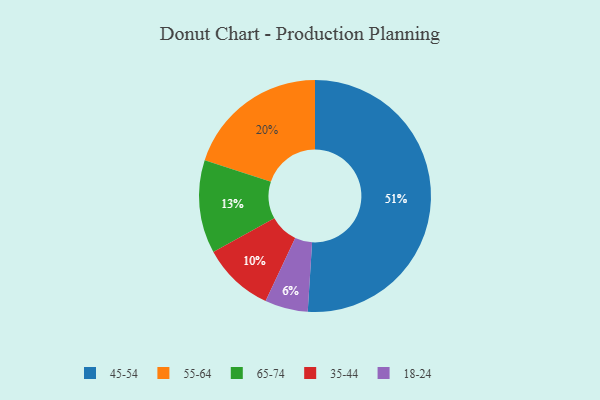
{"axis": {"x": "Category", "y": "Percentage"}, "legend": ["18-24", "35-44", "45-54", "55-64", "65-74"], "data": [{"x": "65-74", "y": 13, "type": "65-74"}, {"x": "35-44", "y": 10, "type": "35-44"}, {"x": "18-24", "y": 6, "type": "18-24"}, {"x": "45-54", "y": 51, "type": "45-54"}, {"x": "55-64", "y": 20, "type": "55-64"}]}